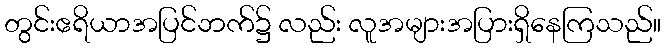
တွင်းဧရိယာအပြင်ဘက်၌ လည်း လူအများအပြားရှိနေကြသည်။